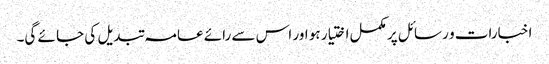
اخبارات و رسائل پر مکمل اختیار ہو اور اس سے رائے عامہ تبدیل کی جا ئے گی۔